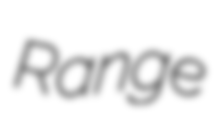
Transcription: Range